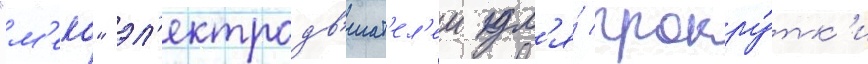
"м'еко" эл'ектродв'игат'ел'еи дл'я́ прокру́тк'и